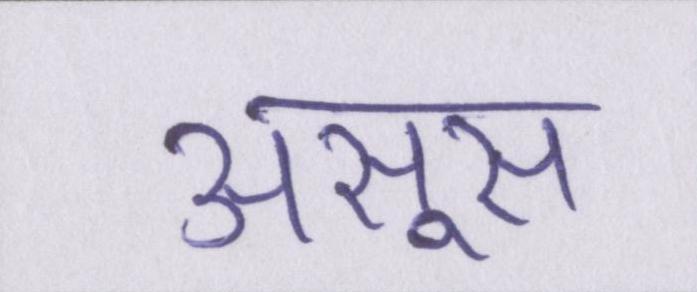
असूस